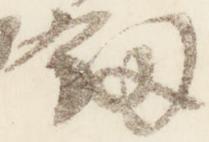
剣